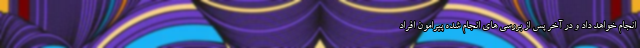
انجام خواهد داد و در آخر پس از بررسی های انجام شده پیرامون افراد